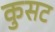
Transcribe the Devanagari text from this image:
कुसट